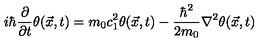
i \hbar \frac { \partial } { \partial t } \theta ( \vec { x } , t ) = m _ { 0 } c _ { 1 } ^ { 2 } \theta ( \vec { x } , t ) - \frac { \hbar ^ { 2 } } { 2 m _ { 0 } } \nabla ^ { 2 } \theta ( \vec { x } , t )